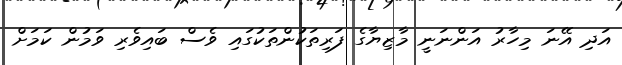
އަދި އޭނަ މިހާރު އަންނަނީ މާޒިޔާގެ ފަރިތަކުންތަކުގައި ވެސް ބައިވެރި ވަމުން ކަމަށް